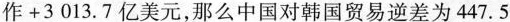
作+3013.7亿美元，那么中国对韩国贸易逆差为447.5